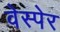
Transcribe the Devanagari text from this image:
वेस्पेर